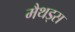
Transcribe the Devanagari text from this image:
मैथड्स